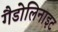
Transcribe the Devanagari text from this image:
गैडोलिनाइट